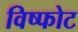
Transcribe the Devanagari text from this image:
विष्फोट